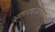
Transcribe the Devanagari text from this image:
आतषबाजींकडे